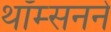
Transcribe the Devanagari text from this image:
थॉम्सनने